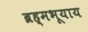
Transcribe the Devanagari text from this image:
ब्रह्मभूयाय